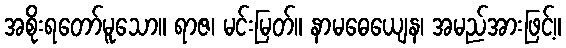
အစိုးရတော်မူသော။ ရာဇ၊ မင်းမြတ်။ နာမဓေယျေန၊ အမည်အားဖြင့်။